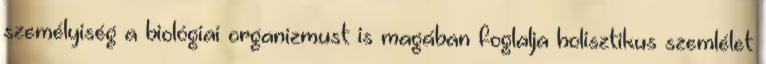
személyiség a biológiai organizmust is magában foglalja holisztikus szemlélet